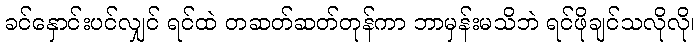
ခင်နှောင်းပင်လျှင် ရင်ထဲ တဆတ်ဆတ်တုန်ကာ ဘာမှန်းမသိဘဲ ရင်ဖိုချင်သလိုလို၊